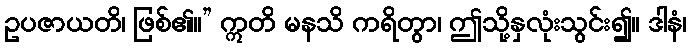
ဥပဇာယတိ၊ ဖြစ်၏။” ဣတိ မနသိ ကရိတွာ၊ ဤသို့နှလုံးသွင်း၍။ ဒါနံ၊